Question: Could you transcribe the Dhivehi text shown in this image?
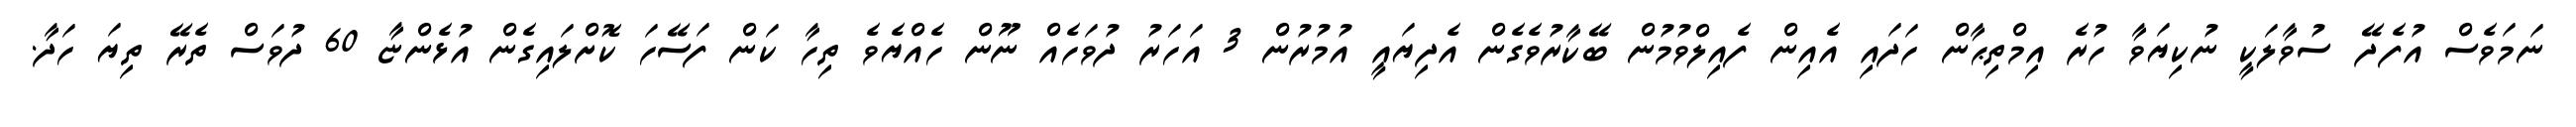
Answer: ނަމަވެސް އުފެދޭ ސުވާލަކީ ނުކިޔަވާ ހުރެ އިމްތިޙާން ހަދައި އެއިން ފެއިލްވުމުން ބޭކާރުވެގެން އެދިޔައީ އުމުރުން 3 އަހަރު ދުވަހެއް ނޫން ހެއްޔެވެ ތިހާ ކަން ފަސޭހަ ކޮށްލައިގެން އުޅެންޏާ 60 ދުވަސް ތެރޭ ތިޔަ ހަދާ.